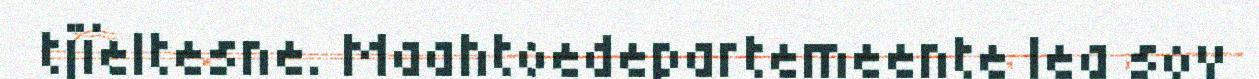
tjïeltesne. Maahtoedepartemeente lea sov